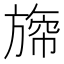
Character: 𣄐